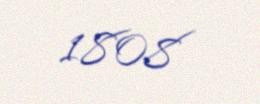
1808